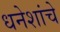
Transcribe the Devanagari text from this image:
धनेशांचे